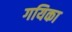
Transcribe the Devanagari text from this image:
गयिका